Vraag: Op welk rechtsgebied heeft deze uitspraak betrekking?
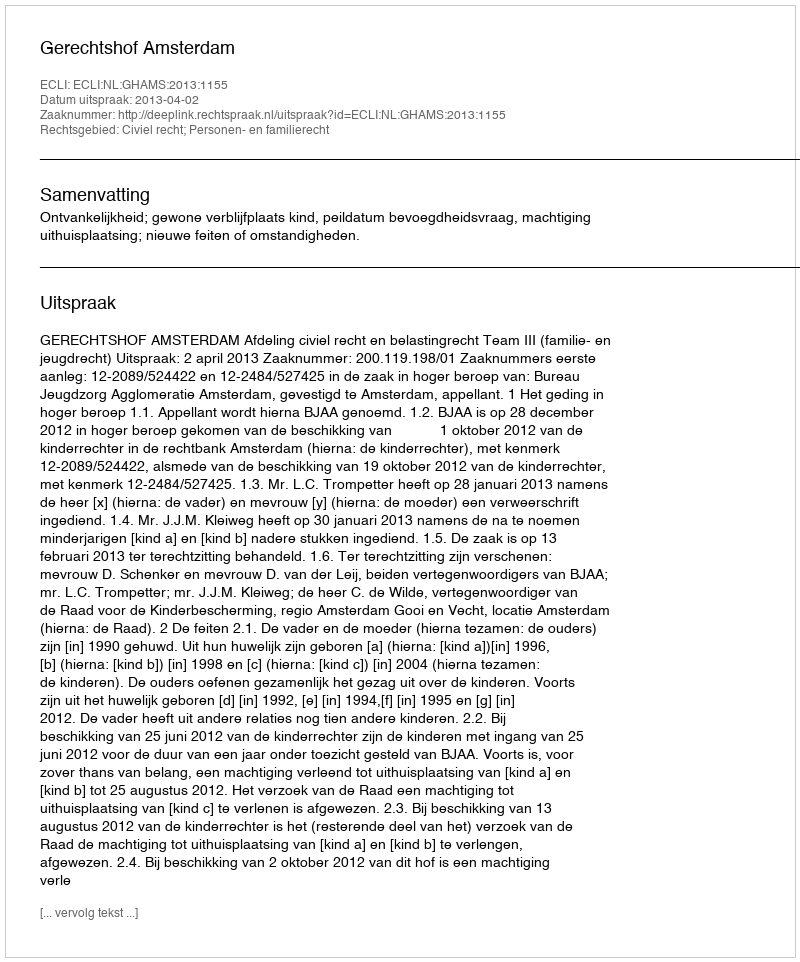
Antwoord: Civiel recht; Personen- en familierecht